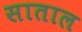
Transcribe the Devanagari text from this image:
साताल